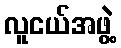
လူငယ်အဖွဲ့